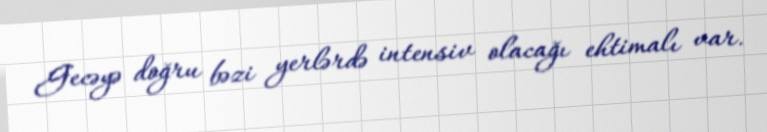
Gecəyə doğru bəzi yerlərdə intensiv olacağı ehtimalı var.